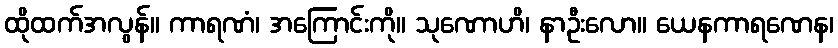
ထိုထက်အလွန်။ ကာရဏံ၊ အကြောင်းကို။ သုဏောဟိ၊ နာဦးလော။ ယေနကာရဏေန၊